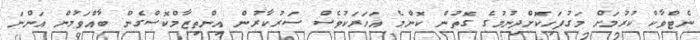
ނެޓްވާކް ކުރުމަށް މަގުފަހިކޮށްދިނުމުގެ ގޮތުން ކޮންމެ އަހަރަކުވެސް ސަރުކާރުން އިންތިޒާމްކޮސްގެން ބާއްވަމުން އަންނަ